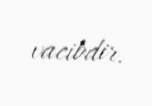
vacibdir.